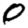
Digit: 0